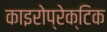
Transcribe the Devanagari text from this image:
काइरोप्रेक्टिक